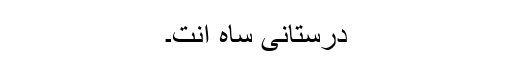
دْرستانی ساہ اِنت۔